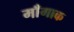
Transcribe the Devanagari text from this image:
माँगाक